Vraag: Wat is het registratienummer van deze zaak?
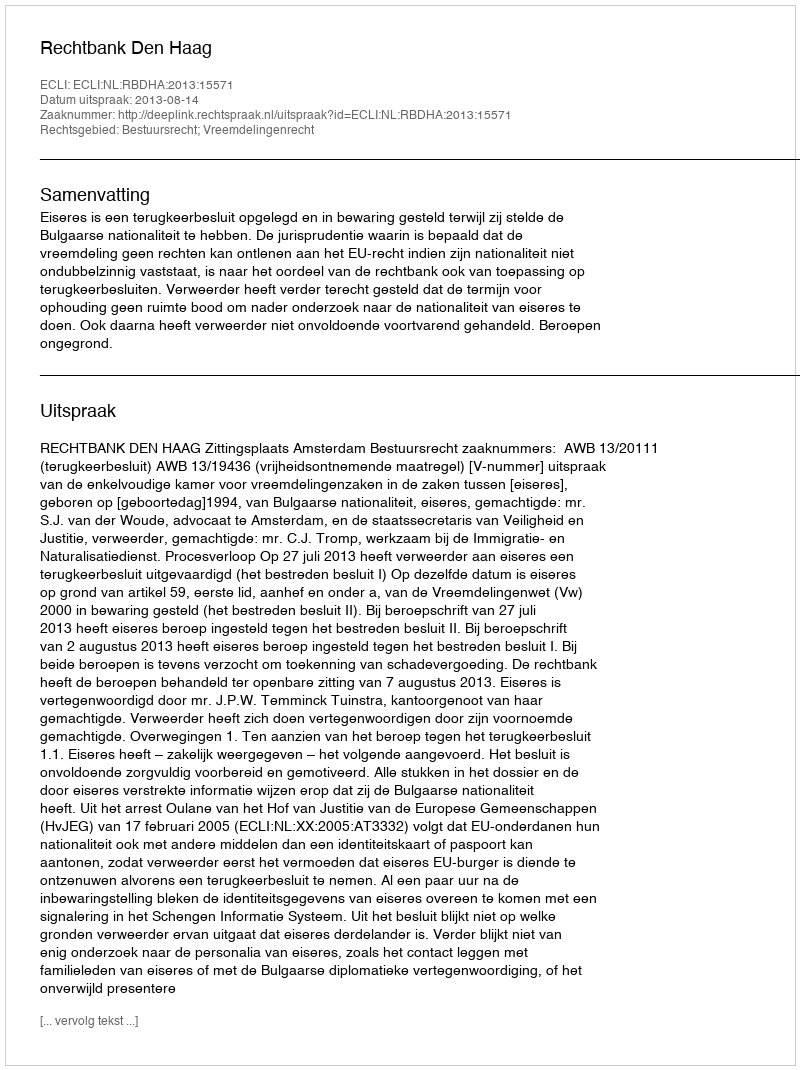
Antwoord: http://deeplink.rechtspraak.nl/uitspraak?id=ECLI:NL:RBDHA:2013:15571